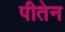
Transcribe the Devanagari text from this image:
पीतेन